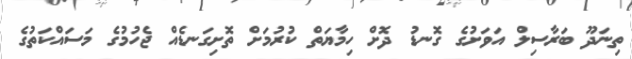
ތިނަދޫ ބަރާސިލް އަވަށުގެ ގޮނޑު ދޮށް ހިމާޔަތް ކުރުމަށް ތޮށިގަނޑެއް ޖެހުމުގެ މަސައްކަތުގެ